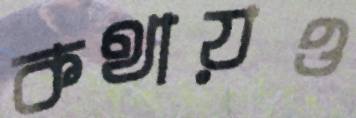
কথায়ও